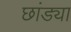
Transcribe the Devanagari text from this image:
छांड्या